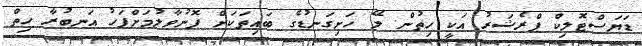
ޑަޔަސްޓޮލިކް ޕްރެޝަރު އަކީ ހިތުން ލޭ ހަށިގަނޑުގެ ބައިތަކަށް ފޮނުވާލުމަށްފަހު އަނބުރާ ހިތް